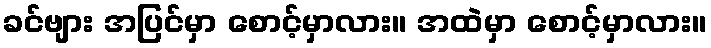
ခင်ဗျား အပြင်မှာ စောင့်မှာလား။ အထဲမှာ စောင့်မှာလား။